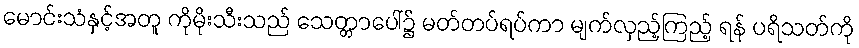
မောင်းသံနှင့်အတူ ကိုမိုးသီးသည် သေတ္တာပေါ်၌ မတ်တပ်ရပ်ကာ မျက်လှည့်ကြည့် ရန် ပရိသတ်ကို